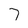
Character: 7